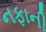
નફાની